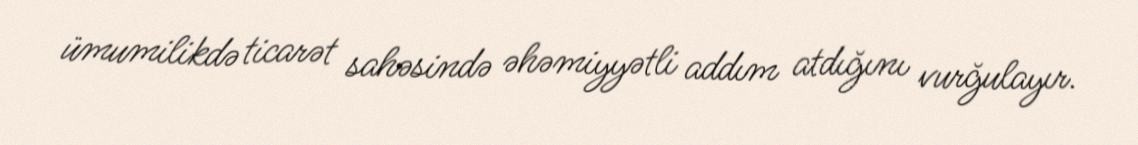
ümumilikdə ticarət sahəsində əhəmiyyətli addım atdığını vurğulayır.